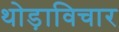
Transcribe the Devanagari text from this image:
थोड़ाविचार